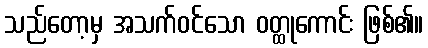
သည်တော့မှ အသက်ဝင်သော ဝတ္ထုကောင်း ဖြစ်၏။